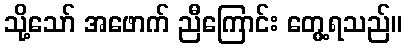
သို့သော် အဖောက် ညီကြောင်း တွေ့ရသည်။